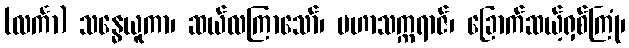
(လင်္ကာ) သန္ဓေယူကာ၊ ဆယ်လကြာသော်၊ မဟာသက္ကရာဇ်၊ ခြောက်ဆယ့်ရှစ်ကြုံ၊